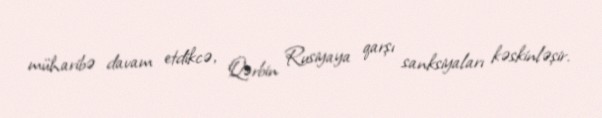
müharibə davam etdikcə, Qərbin Rusiyaya qarşı sanksiyaları kəskinləşir.